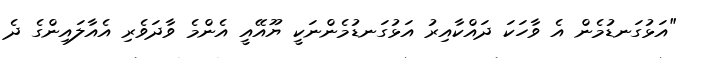
"އަޅުގަނޑުމެން އެ ވާހަކަ ދައްކާއިރު އަޅުގަނޑުމެންނަކީ ޔޫއޭއީ އެންމެ ވާދަވެރި އެއާލައިންގެ ދެ